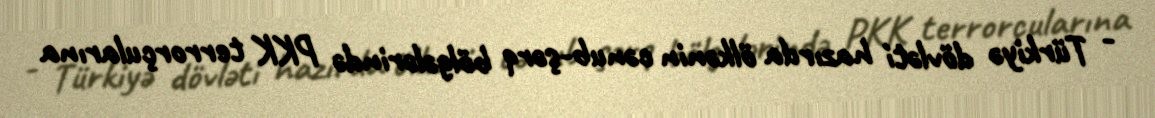
- Türkiyə dövləti hazırda ölkənin cənub-şərq bölgələrində PKK terrorçularına